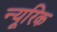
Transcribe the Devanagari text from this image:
न्यूरिक